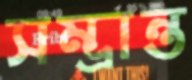
সম্ভ্রান্ত